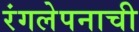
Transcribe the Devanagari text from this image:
रंगलेपनाची